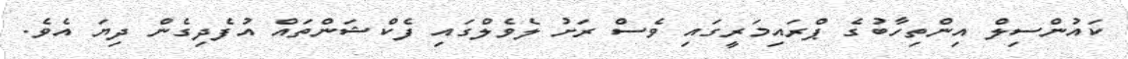
ކައުންސިލް އިންތިހާބުގެ ޕްރައިމަރީގައި ވެސް ރަށު ލެވެލްގައި ފެކްޝަންތައް އުފެދިގެން ދިޔަ އެވެ.